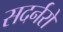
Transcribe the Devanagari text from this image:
सदर्नरों